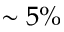
\sim 5 \%